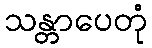
သန္တာပေတုံ